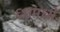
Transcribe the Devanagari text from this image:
६७मध्ये